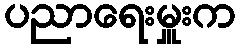
ပညာရေးမှူးက